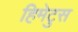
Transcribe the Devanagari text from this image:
हिमेटुस